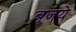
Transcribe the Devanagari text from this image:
बजये